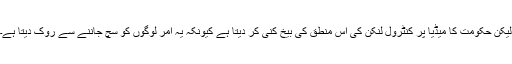
لیکن حکومت کا میڈیا پر کنٹرول لنکن کی اس منطق کی بیخ کنی کر دیتا ہے کیونکہ یہ امر لوگوں کو سچ جاننے سے روک دیتا ہے۔